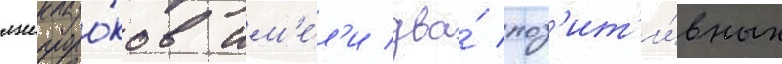
лжепроро́ков им'е́л'и два́ поз'ит'и́вных